Vaccination in Burma 1912-1922 - 1912-1922
Year: 1912
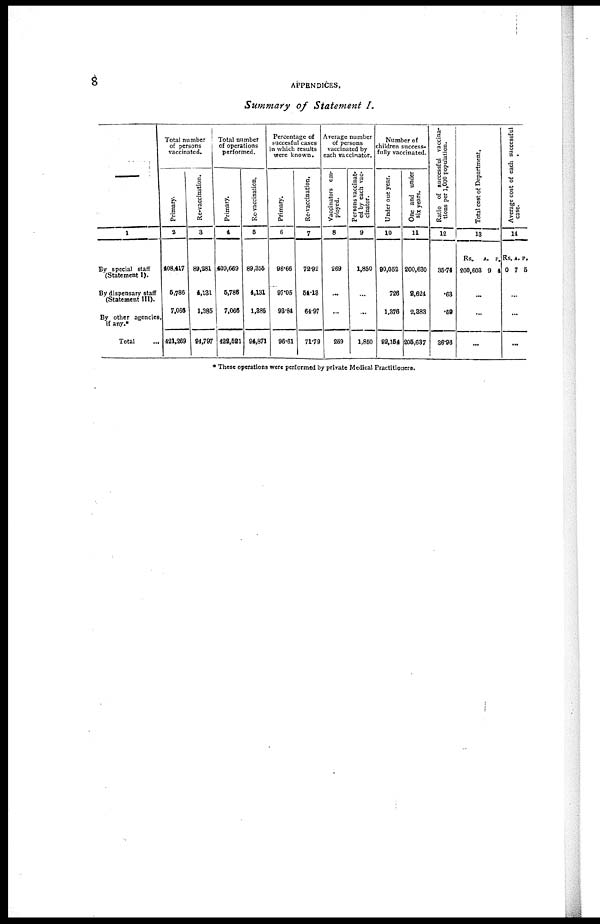
8
APPENDICES.
Summary of Statement I.
—
1
By special staff
(Statement I).
By dispensary staff
(Statement III).
By other agencies,
if any.*
Total
...
Total number
of persons
vaccinated.
Primary.
2
408,417
5,786
7,066
421,269
Re-vaccination.
3
89,281
4,131
1,385
94,797
Total number
of operations
performed.
Primary.
4
409,669
5,786
7,066
428,521
Re-vaccination.
5
89,355
4,131
1,385
94,871
Percentage of
succesful cases
in which results
were known.
Primary.
6
96.66
97.05
93.84
96.61
Re-vaccination,
7
72.92
54.13
64.97
71.79
Average number
of persons
vaccinated by
each vaccinator.
Vaccinators em-
ployed.
8
269
...
...
289
Persons vaccinat¬
ed by each vac-
cinator.
9
1,850
...
...
1,850
Number of
children success¬
fully vaccinated.
Under one year.
10
90,052
726
1,376
92,154
One and under
six years.
11
200,630
2,624
2,383
205,637
Ratio of successful vaccina¬
tions per 1,000 population.
12
35.74
.63
.59
36.96
Total cost of Department.
13
Rs.
200,603
A.
9
P.
4
...
...
...
Average cost of each successful
case.
14
Rs
0
A.
7
P.
5
...
...
...
* These operations were performed by private Medical Practitioners.